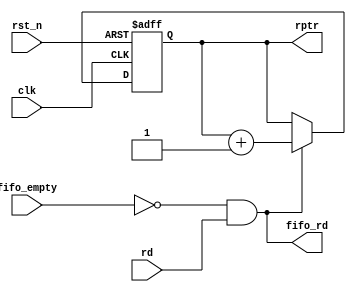
 module read_pointer(rptr,fifo_rd,rd,fifo_empty,clk,rst_n);  
  input rd,fifo_empty,clk,rst_n;  
  output[9:0] rptr;  
  output fifo_rd;  
  reg[9:0] rptr;  
  assign fifo_rd = (~fifo_empty)& rd;  
  always @(posedge clk or negedge rst_n)  
  begin  
   if(~rst_n) rptr <= 10'b0000000000;  
   else if(fifo_rd)  
    rptr <= rptr + 10'b0000000001;  
   else  
    rptr <= rptr;  
  end  
 endmodule